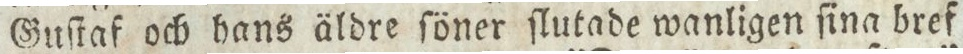
Guſtaf och hans äldre ſöner ſlutade wanligen ſina bref